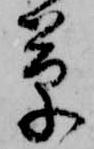
草